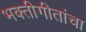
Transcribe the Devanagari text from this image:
भक्तीगीतांचा